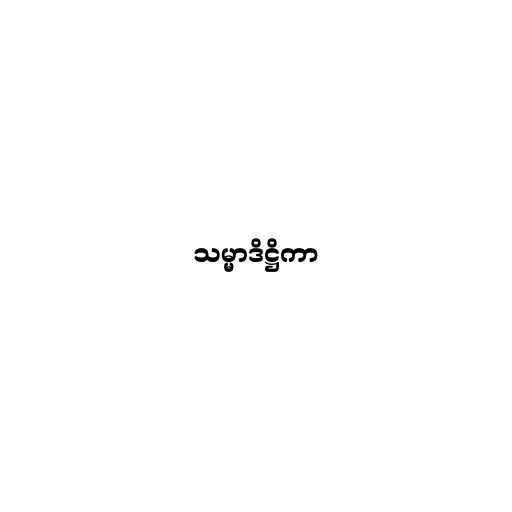
သမ္မာဒိဋ္ဌိကာ